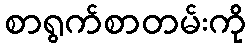
စာရွက်စာတမ်းကို